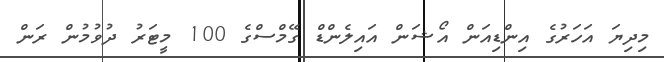
މިދިޔަ އަހަރުގެ އިންޑިއަން އޯޝަން އައިލެންޑް ގޭމްސްގެ 100 މީޓަރު ދުވުމުން ރަން